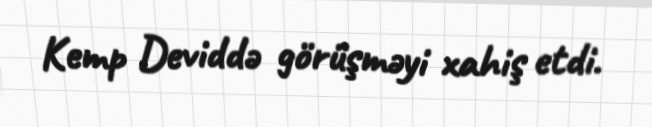
Kemp Deviddə görüşməyi xahiş etdi.